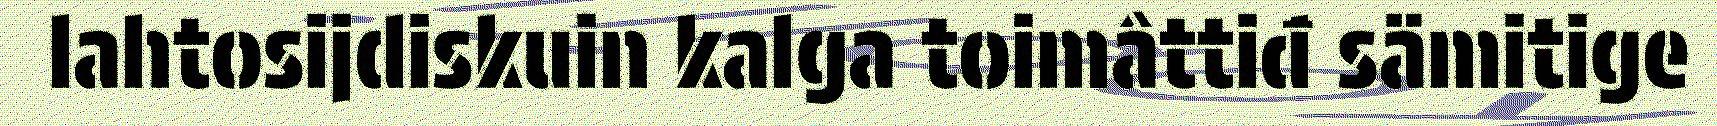
lahtosijdiskuin kalga toimâttiđ sämitige